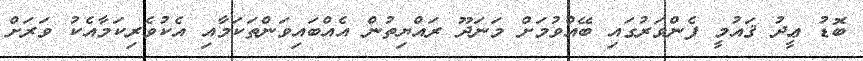
ބޮޑު ޢީދު ޤައުމީ ފެންވަރުގައި ބޭއްވުމަށް މަނަދޫ ރައްޔިތުން އެއްބައިވަންތަކަމާއި އެކުވެރިކަމާއެކު ވަރަށް